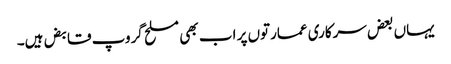
یہاں بعض سرکاری عمارتوں پر اب بھی مسلح گروپ قابض ہیں۔